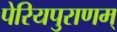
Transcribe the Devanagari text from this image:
पेरियपुराणम्